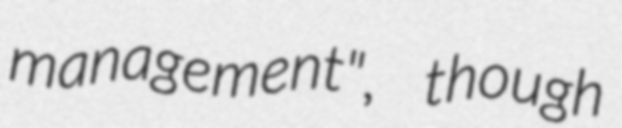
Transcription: management", though